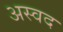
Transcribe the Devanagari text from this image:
अस्वद